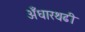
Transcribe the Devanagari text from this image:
अँधारथढी